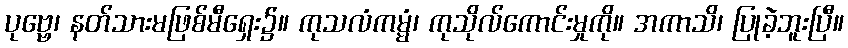
ပုဗ္ဗေ၊ နတ်သားမဖြစ်မီရှေး၌။ ကုသလံကမ္မံ၊ ကုသိုလ်ကောင်းမှုကို။ အကာသိ၊ ပြုခဲ့ဘူးပြီ။